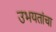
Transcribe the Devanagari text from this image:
उभयतांचा